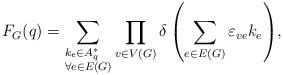
LaTeX: \begin{align*} F_G(q) = \sum_{ \begin{subarray}{e} k_e \in A^*_q \\ \forall e\in E(G) \end{subarray}} {\prod_{v \in V(G)} {\delta \left( {\sum_{e\in E(G)} {\varepsilon_{v e} } k_e } \right)} },\end{align*}